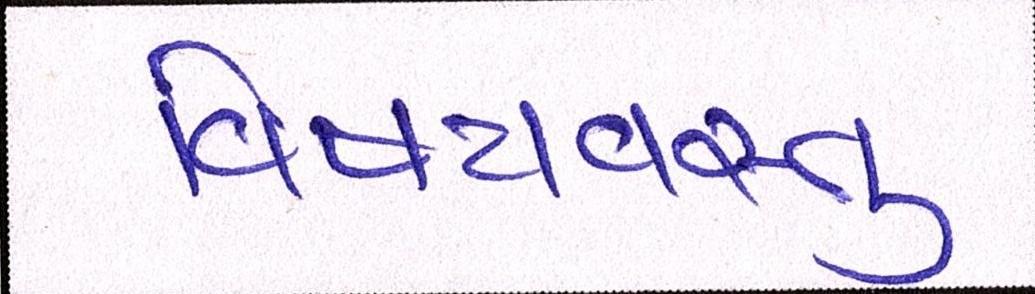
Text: વિષયવસ્તુ